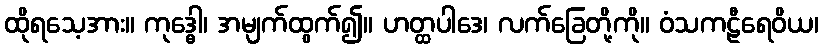
ထိုရသေ့အား။ ကုဒ္ဓေါ၊ အမျက်ထွက်၍။ ဟတ္ထပါဒေ၊ လက်ခြေတို့ကို။ ဝံသကဠီရေဝိယ၊